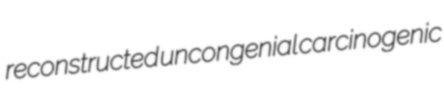
reconstructed uncongenial carcinogenic